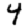
Digit: 4